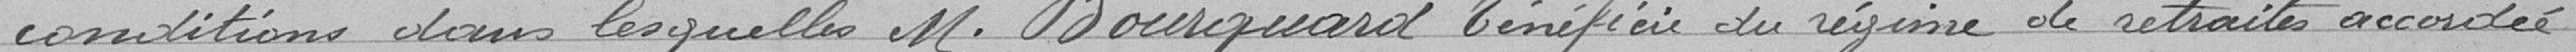
conditions dans lesquelles Monsieur Bourquard bénéficie du régime de retraite accordée